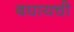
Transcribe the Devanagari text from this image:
बघायची